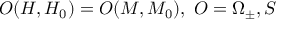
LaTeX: O ( H , H _ { 0 } ) = O ( M , M _ { 0 } ) , \, \, O = \Omega _ { \pm } , S